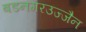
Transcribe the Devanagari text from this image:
बडनगरउज्जैन